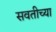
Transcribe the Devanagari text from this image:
सवतीच्या